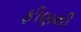
ફીણથી